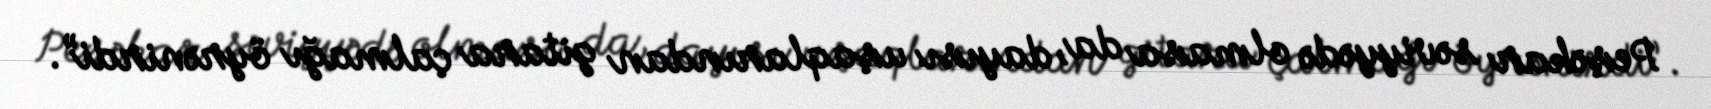
Peşəkar səviyyədə olmasa da, dayısı uşaqlarından gitara çalmağı öyrənirdi”.